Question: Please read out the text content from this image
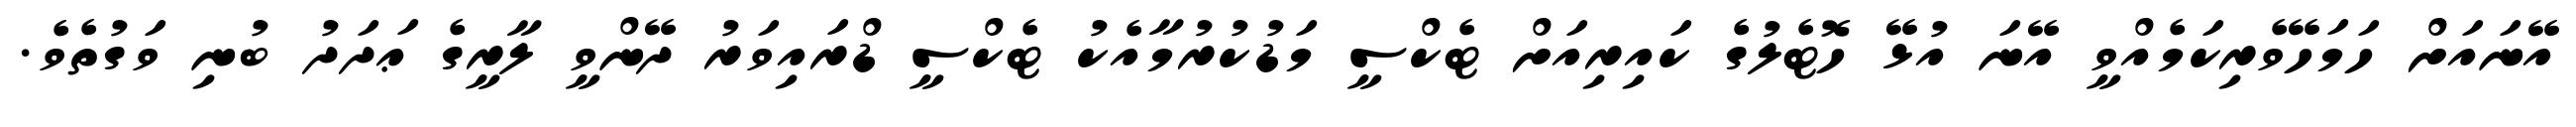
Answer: އޭނައަށް ހަމަހޭވެރިކަމެއްވީ އޭނަ އުޅޭ ހޮޓެލުގެ ކައިރިއަށް ޓެކްސީ މަޑުކުރުމާއެކު ޓެކްސީ ޑްރައިވަރު ދޭންވީ ލާރީގެ ޢަދަދު ބުނި ވަގުތެވެ.